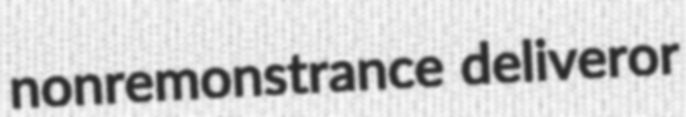
nonremonstrance deliveror